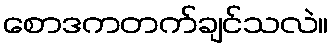
စောဒကတက်ချင်သလဲ။